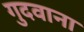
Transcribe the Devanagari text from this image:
गुदवाना